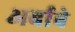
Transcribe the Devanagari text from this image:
अर्बाबे